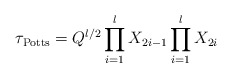
\begin{align*}\tau_{{\rm Potts}}=Q^{l/2} \prod_{i=1}^{l}X_{2i-1}\prod_{i=1}^{l}X_{2i}\end{align*}